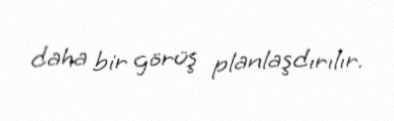
daha bir görüş planlaşdırılır.